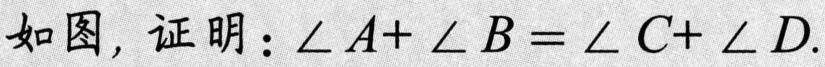
如图，证明：$\angle A+\angle B=\angle C+\angle D$.